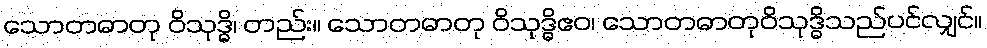
သောတဓာတု ဝိသုဒ္ဓိ၊ တည်း။ သောတဓာတု ဝိသုဒ္ဓိဧဝ၊ သောတဓာတုဝိသုဒ္ဓိသည်ပင်လျှင်။